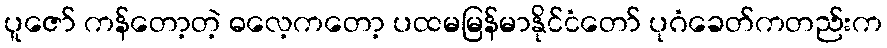
ပူဇော် ကန်တော့တဲ့ ဓလေ့ကတော့ ပထမမြန်မာနိုင်ငံတော် ပုဂံခေတ်ကတည်းက